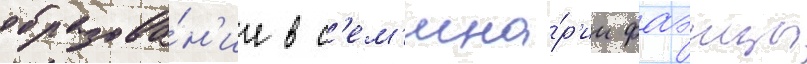
образова́н'ие в с'ем'ина́р'ии фаэнцы